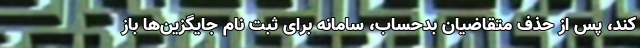
کند، پس از حذف متقاضیان بدحساب، سامانه برای ثبت نام جایگزین‌ها باز